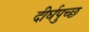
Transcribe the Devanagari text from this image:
दीर्घपुच्छ